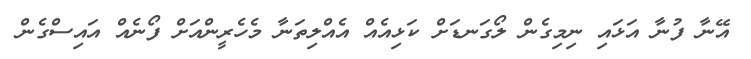
އޭނާ ފުނާ އަޅައި ނިމިގެން ލޯގަނޑަށް ކަޅިއެއް އެއްލިތަނާ މެހެރީންއަށް ފޯނެއް އައިސްގެން